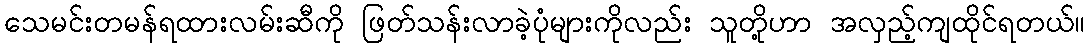
သေမင်းတမန်ရထားလမ်းဆီကို ဖြတ်သန်းလာခဲ့ပုံများကိုလည်း သူတို့ဟာ အလှည့်ကျထိုင်ရတယ်။